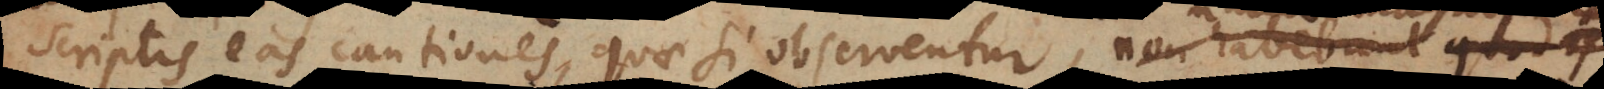
scriptis eas cautiones, quae si observentur, non habebunt quod